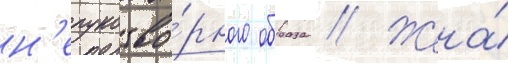
н'ерукотво́рного образа // Жена́